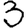
Digit: 3